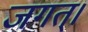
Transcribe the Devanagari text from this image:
जगत्‌।